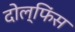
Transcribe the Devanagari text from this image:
दोल्फिंस